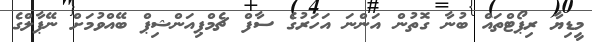
މީޑިޔާ ރިޕޯޓްތައް ބުނާ ގޮތުން އަންނަ އަހަރުގެ ސާފް ޗެމްޕިއަންޝިޕް ބޭއްވުމަށް ނޭޕާލްގެ